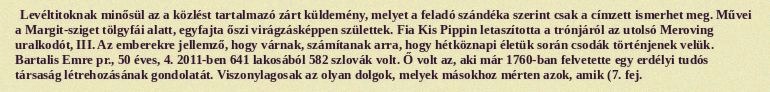
Levéltitoknak minősül az a közlést tartalmazó zárt küldemény, melyet a feladó szándéka szerint csak a címzett ismerhet meg. Művei a Margit-sziget tölgyfái alatt, egyfajta őszi virágzásképpen születtek. Fia Kis Pippin letaszította a trónjáról az utolsó Meroving uralkodót, III. Az emberekre jellemző, hogy várnak, számítanak arra, hogy hétköznapi életük során csodák történjenek velük. Bartalis Emre pr., 50 éves, 4. 2011-ben 641 lakosából 582 szlovák volt. Ő volt az, aki már 1760-ban felvetette egy erdélyi tudós társaság létrehozásának gondolatát. Viszonylagosak az olyan dolgok, melyek másokhoz mérten azok, amik (7. fej.